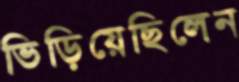
ভিড়িয়েছিলেন